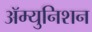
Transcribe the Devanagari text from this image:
ॲम्युनिशन